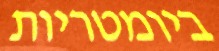
ביומטריות